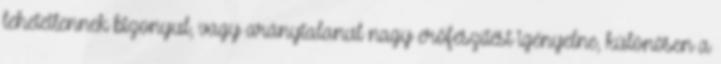
lehetetlennek bizonyul, vagy aránytalanul nagy erőfeszítést igényelne, különösen a